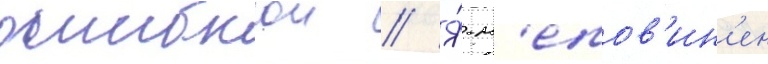
ошибкои // Я́ н'епов'ин'ен